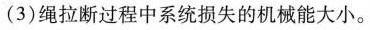
(3)绳拉断过程中系统损失的机械能大小。